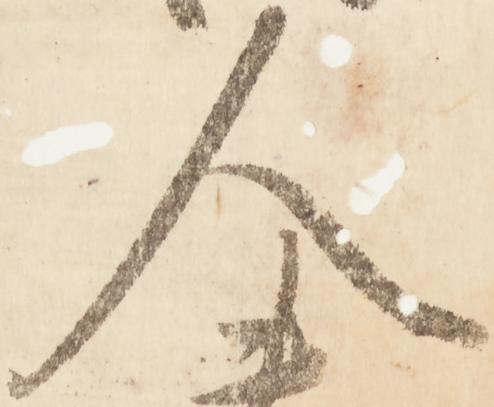
人